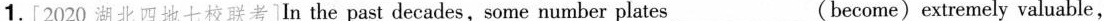
1.[2020 湖北四地七校联考]In the past decades,some number plates___(become)extremely valuable,